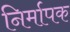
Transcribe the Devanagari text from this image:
निर्मापक